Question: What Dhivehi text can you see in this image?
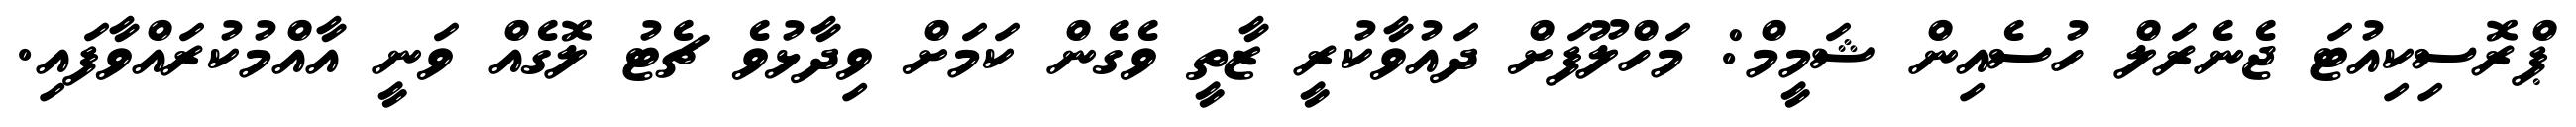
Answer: ޕްރޮސިކިއުޓަ ޖެނެރަލް ހުސެއިން ޝަމީމް: މަހްލޫފަށް ދައުވާކުރީ ޒާތީ ވެގެން ކަމަށް ވިދާޅުވެ ޗެޓު ލޮގެއް ވަނީ އާއްމުކުރައްވާފައި.